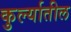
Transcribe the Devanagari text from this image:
कुर्ल्यातील